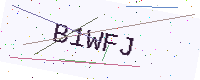
Text: B1WFJ